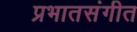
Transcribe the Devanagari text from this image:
प्रभातसंगीत